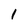
Character: l